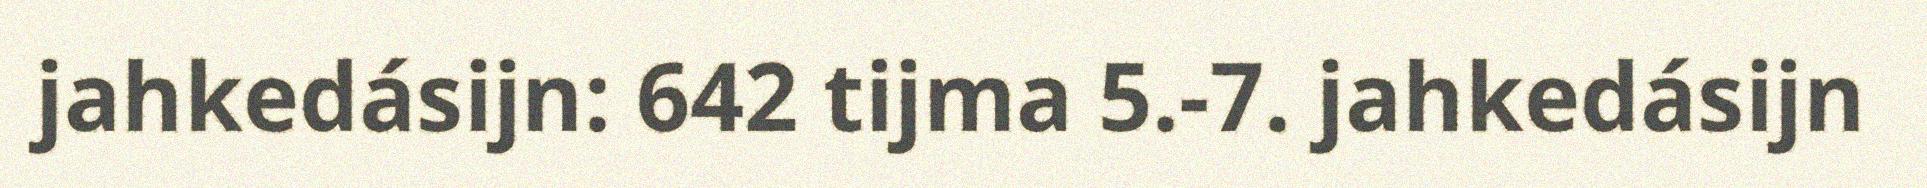
jahkedásijn: 642 tijma 5.-7. jahkedásijn